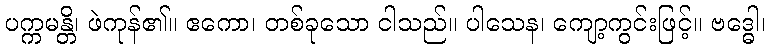
ပက္ကမန္တိ၊ ဖဲကုန်၏။ ဧကော၊ တစ်ခုသော ငါသည်။ ပါသေန၊ ကျော့ကွင်းဖြင့်။ ဗဒ္ဓေါ၊